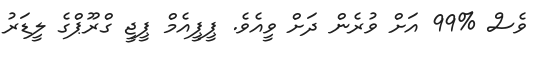
ވެސް %99 އަށް ވުރެން ދަށް ވީީއެވެ. ޕީޕީއެމް ޕީޖީ ގްރޫޕްގެ ލީޑަރު